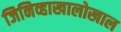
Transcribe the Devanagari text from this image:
जिनिव्हाखालोखाल